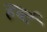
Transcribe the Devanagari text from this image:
हर्ब्ट